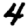
Digit: 4